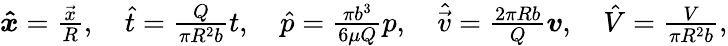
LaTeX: \begin{array}{r}{\boldsymbol{\hat{x}}=\frac{\vec{x}}{R},\quad\hat{t}=\frac{Q}{\pi R^{2}b}t,\quad\hat{p}=\frac{\pi b^{3}}{6\mu Q}p,\quad\hat{\vec{v}}=\frac{2\pi Rb}{Q}\boldsymbol{v},\quad\hat{V}=\frac{V}{\pi R^{2}b},}\end{array}